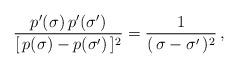
LaTeX: \begin{align*}\frac{p'(\sigma )\,p'(\sigma')}{[\, p(\sigma ) - p(\sigma') \,]^{2}} =\frac{1}{(\, \sigma - \sigma' \,)^{2}} \,,\end{align*}